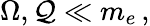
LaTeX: \Omega,{\cal Q}\ll m_{e}\, ,